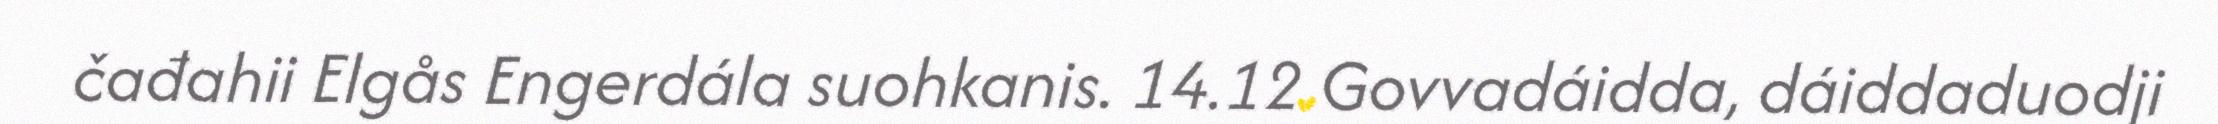
čađahii Elgås Engerdála suohkanis. 14.12 Govvadáidda, dáiddaduodji